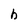
Character: h